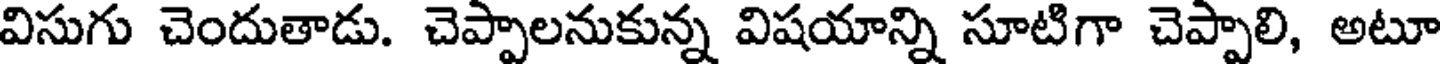
విసుగు చెందుతాడు. చెప్పాలనుకున్న విషయాన్ని సూటిగా చెప్పాలి, అటూ